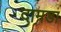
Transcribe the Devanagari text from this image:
दामडा